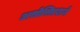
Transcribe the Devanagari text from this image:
असोसिएशने